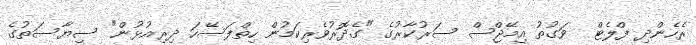
ރެހެންދި ފްލެޓް  ވަގުތު އިމޭޖްސް ސަރުކާރުގެ "ގެދޮރުވެރިކަމުން ހިތްފަސޭހަ ދިރިއުޅުން" ސިޔާސަތުގެ